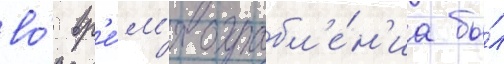
во́ вр'е́м'я ограбл'е́н'иа бы́л